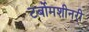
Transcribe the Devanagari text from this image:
टर्बोमशीनरी